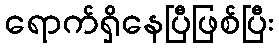
ရောက်ရှိနေပြီဖြစ်ပြီး